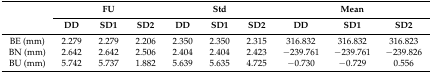
<table><thead><tr><td rowspan="2"></td><td colspan="3"><b>FU</b></td><td colspan="3"><b>Std</b></td><td colspan="3"><b>Mean</b></td></tr><tr><td><b>DD</b></td><td><b>SD1</b></td><td><b>SD2</b></td><td><b>DD</b></td><td><b>SD1</b></td><td><b>SD2</b></td><td><b>DD</b></td><td><b>SD1</b></td><td><b>SD2</b></td></tr></thead><tbody><tr><td>BE (mm)</td><td>2.279 </td><td>2.279 </td><td>2.206 </td><td>2.350 </td><td>2.350 </td><td>2.315 </td><td>316.832 </td><td>316.832 </td><td>316.823 </td></tr><tr><td>BN (mm)</td><td>2.642 </td><td>2.642 </td><td>2.506 </td><td>2.404 </td><td>2.404 </td><td>2.423 </td><td>−239.761 </td><td>−239.761 </td><td>−239.826 </td></tr><tr><td>BU (mm)</td><td>5.742 </td><td>5.737 </td><td>1.882 </td><td>5.639 </td><td>5.635 </td><td>4.725 </td><td>−0.730 </td><td>−0.729 </td><td>0.556 </td></tr></tbody></table>